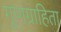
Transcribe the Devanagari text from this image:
गुणग्राहिता